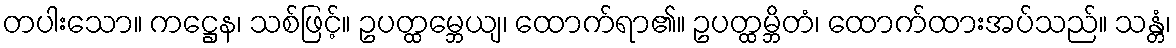
တပါးသော။ ကဋ္ဌေန၊ သစ်ဖြင့်။ ဥပတ္ထမ္ဘေယျ၊ ထောက်ရာ၏။ ဥပတ္ထမ္ဘိတံ၊ ထောက်ထားအပ်သည်။ သန္တံ၊